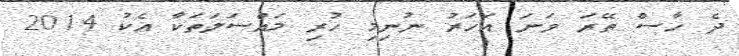
ދެ ހާސް ތޭރަ ވަނަ އަހަރު ނުނިމި ހުރި މައްސަލަތަކާ އެކު 2014